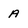
Character: A